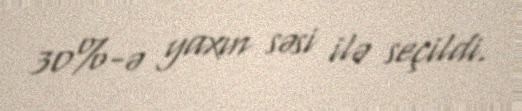
30%-ə yaxın səsi ilə seçildi.